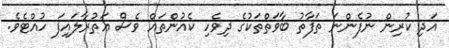
އަދި ކުރިން ނުފެންނަ ތަފާތު ބާވަތްތަކުގެ ދިވެހި ކެއުންތައް ވެސް އަތުރާލައިފަ ހުއްޓެވެ.